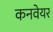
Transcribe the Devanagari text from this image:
कनवेयर